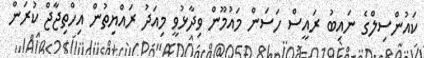
ކައުންސިލްގެ ނައިބު ރައީސް ހަސަން މައުމޫން ވިދާޅުވީ މިއަދު ރައްޔިތުން އިހްތިޖާޖް ކުރަން